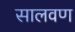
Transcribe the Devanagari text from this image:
सालवण